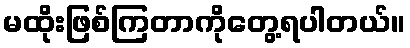
မထိုးဖြစ်ကြတာကိုတွေ့ရပါတယ်။